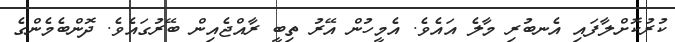
ކުރުކޮށްލާފައި އެނބުރި މާލެ އައެވެ. އެމީހުން އޭރު ތިބީ ރާއްޖެއިން ބޭރުގައެވެ. ދޮންބެމެންގެ